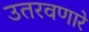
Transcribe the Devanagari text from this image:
उतरवणारे